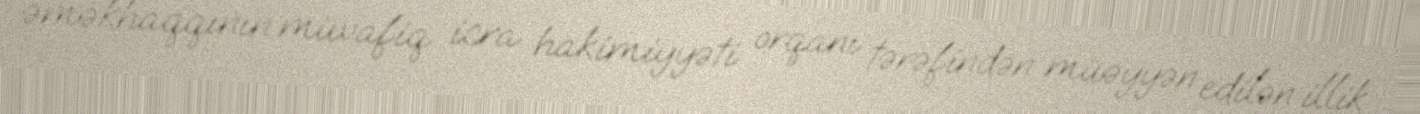
əməkhaqqının müvafiq icra hakimiyyəti orqanı tərəfindən müəyyən edilən illik